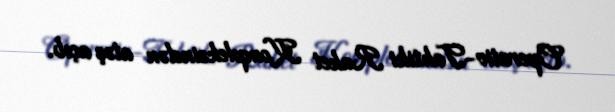
Operativ-Taktiki Raket Kompleksindən atəş açıb.